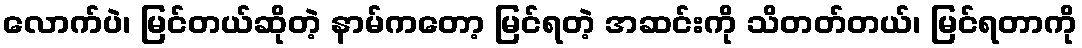
လောက်ပဲ၊ မြင်တယ်ဆိုတဲ့ နာမ်ကတော့ မြင်ရတဲ့ အဆင်းကို သိတတ်တယ်၊ မြင်ရတာကို